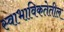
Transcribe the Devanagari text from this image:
स्वाभाविकतेतील